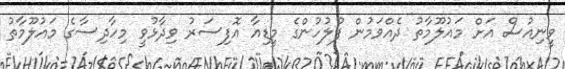
ވީނިއުސް އަށް މައުލޫމާތު ދެއްވަމުން ފުލުހުންގެ މީޑިއާ އޮފިސަރު ވިދާޅުވީ މިހާދިސާގެ މައުލޫމާތު